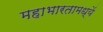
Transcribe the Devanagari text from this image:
महाभारतामध्यें